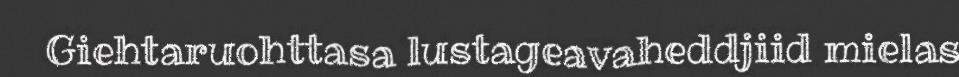
Giehtaruohttasa lustageavaheddjiid mielas